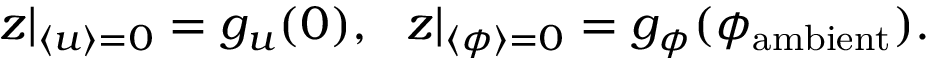
\begin{array} { r } { z | _ { \langle u \rangle = 0 } = g _ { u } ( 0 ) , \ \ z | _ { \langle \phi \rangle = 0 } = g _ { \phi } ( \phi _ { \mathrm { a m b i e n t } } ) . } \end{array}